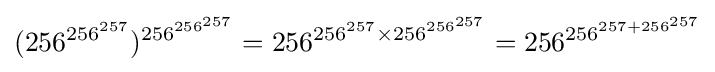
(256^{\,\!256^{257}})^{256^{256^{257}}}=256^{256^{257}\times 256^{256^{257}}}=256^{256^{257+256^{257}}}